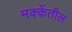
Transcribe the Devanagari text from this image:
मक्केंतील